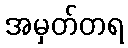
အမှတ်တရ